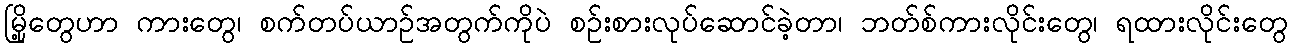
မြို့တွေဟာ ကားတွေ၊ စက်တပ်ယာဉ်အတွက်ကိုပဲ စဉ်းစားလုပ်ဆောင်ခဲ့တာ၊ ဘတ်စ်ကားလိုင်းတွေ၊ ရထားလိုင်းတွေ